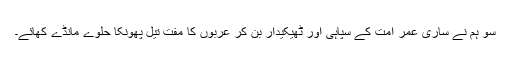
سو ہم نے ساری عمر امت کے سپاہی اور ٹھیکیدار بن کر عربوں کا مفت تیل پھونکا حلوے مانڈے کھائے۔